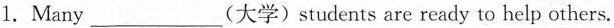
1.Many ___(大学)students are ready to help others.